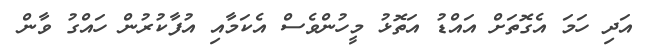
އަދި ހަމަ އެގޮތަށް އައްޑު އަތޮޅު މީހުންވެސް އެކަމާއި އުފާކުރުން ހައްގު ވާން